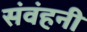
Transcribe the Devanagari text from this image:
संवंहनी